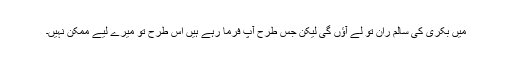
میں بکری کی سالم ران تو لے آﺅں گی لیکن جس طرح آپ فرما رہے ہیں اس طرح تو میرے لیے ممکن نہیں۔